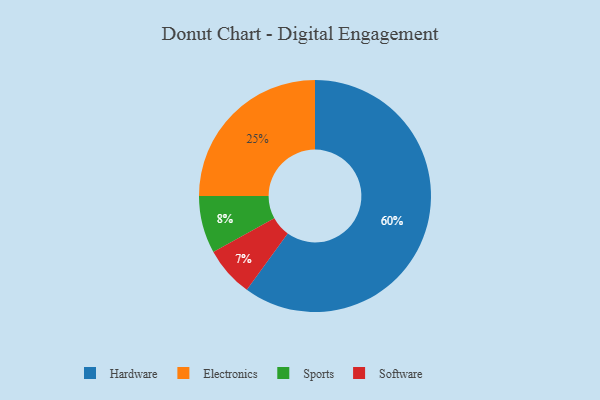
{"axis": {"x": "Category", "y": "Percentage"}, "legend": ["Electronics", "Hardware", "Software", "Sports"], "data": [{"x": "Electronics", "y": 25, "type": "Electronics"}, {"x": "Hardware", "y": 60, "type": "Hardware"}, {"x": "Software", "y": 7, "type": "Software"}, {"x": "Sports", "y": 8, "type": "Sports"}]}